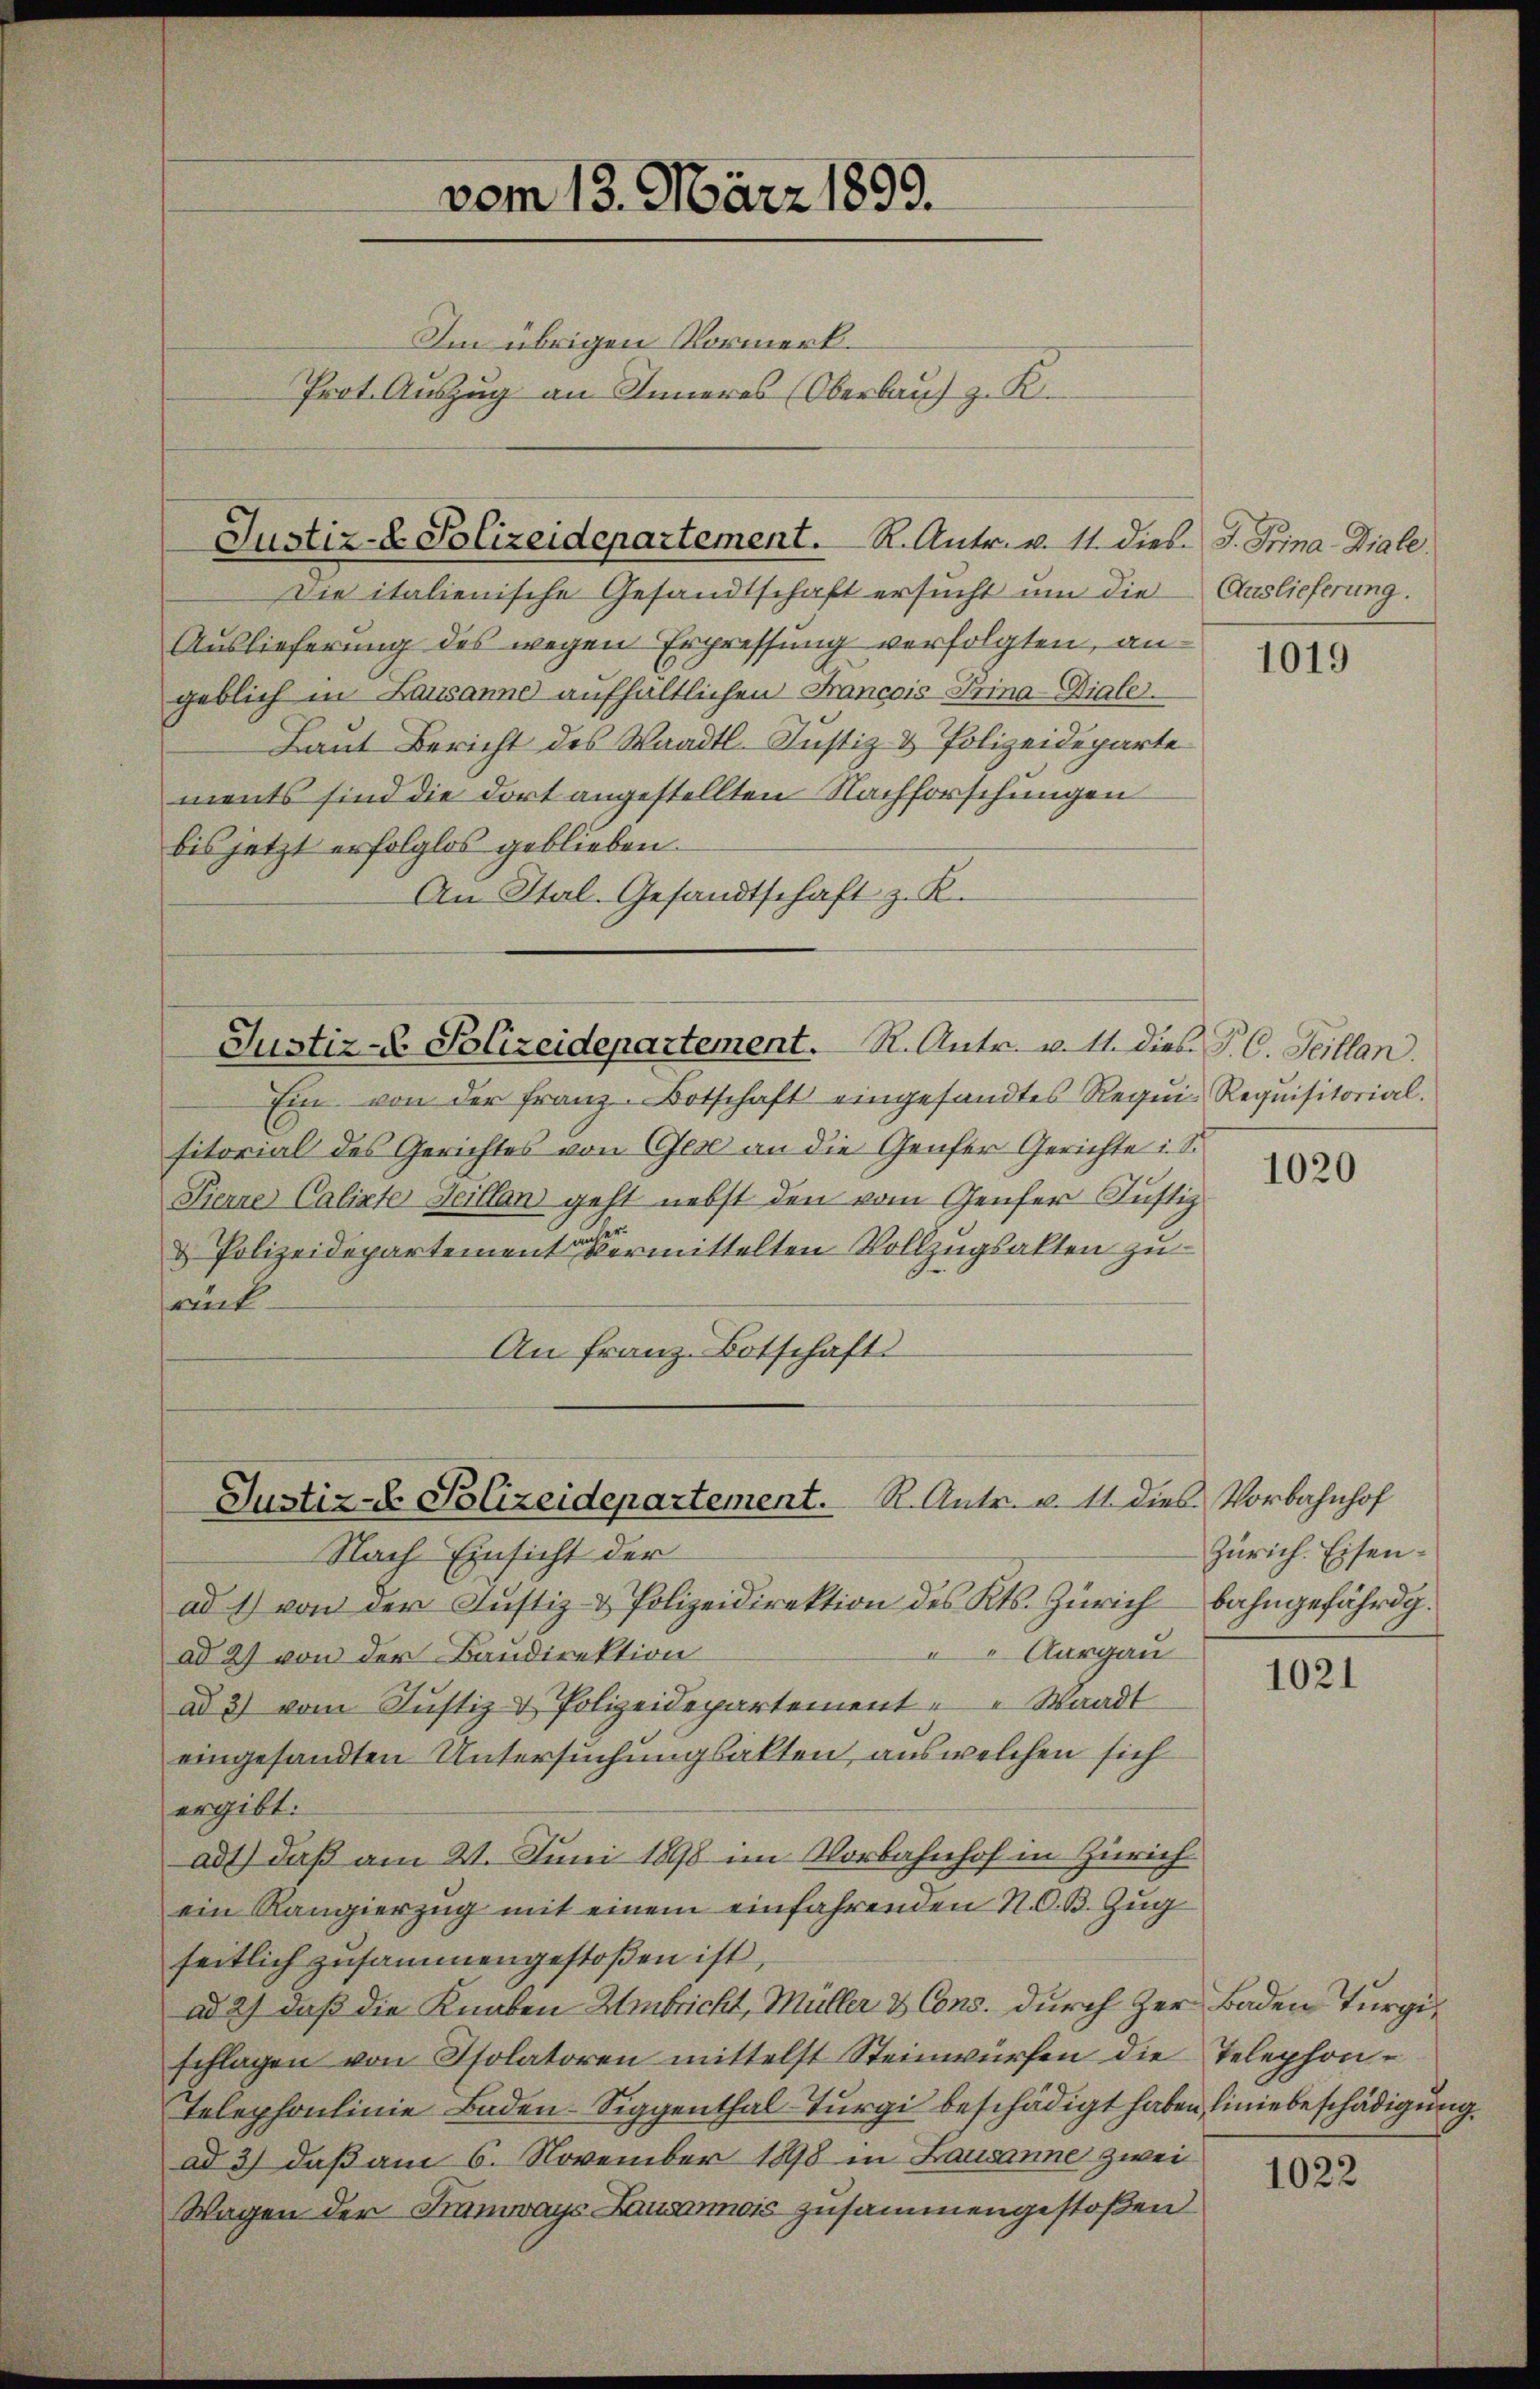
vom 13. März 1899.
Im übrigen Vormerk¬
Prot. Auszug an Inneres (Oberlauf z. K.

Justiz-D. Polizeidepartement. R. Antr. v. 11. dies. J. Frina-Diale.

Die italienische Gesandtschaft ersucht um die Auslieferung.
Auslieferung des wegen Erpressung verfolgten, angeblich in Lausanne aufhaltlichen Francois Trina Dialer
Laut Bericht des Waadt. Justiz & Polizeideparte
ments sind die dort angestellten Nachforschungen
bis jetzt erfolglos geblieben.
An Stal. Gesandtschaft z. K.

Justiz- & Polizeidepartement. R. Antr. v. 11. dies P. C. Heillan.

Justiz-D. Bolizeidepartement. R. Antr. v. 11. dies. Vorbahnhof

Ein von der Franz-Botschaft eingesandtes Requi- Requisitorial.
sitorial des Gerichtes von Gese an die Genfer Gerichte i. S.
Sierre Calixte Seillan geht nebst den vom Genfer Justiz
& Polizeidepartement vermittelten Vollzugsakten zu
at
An Franz Botschaft

Nach Einsicht der
ad 1) von der Justiz- & Polizeidirektion des Kts. Zürichbahngefährdg.
Aargau
ad 2) von der Baudirektion
ad 3) vom Justiz & Polizeidepartement Waadt
eingesandten Untersuchungsakten, aus welchen sich
ergibt:
ad1) daß am 21. Juni 1898 im Vorbahnhof in Zürich
ein Rangierzug mit einem einfahrenden N. O. B. Zug
seitlich zusammengestoßen ist,
ad 2) daß die Knaben Umbricht, Müller & Cons. durch Zer Baden Turgischlagen von Isolatoren mittelst Steinwürfen die Telephon-
telephonlinie Baden-Siggenthal-Turgi beschädigt haben, Liniebeschädigung
ad 3) daß am 6. November 1898 in Lausanne zwei
Wagen der Tramways Lanamois zusammengestoßen

1019

1020

Zürich. Eisen.

1021

1022